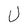
Character: U